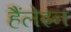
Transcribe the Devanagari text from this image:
हैंलेइन